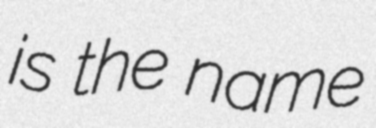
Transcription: is the name